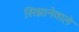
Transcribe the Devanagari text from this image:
सिझानेवाले